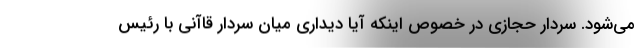
می‌شود. سردار حجازی در خصوص اینکه آیا دیداری میان سردار قاآنی با رئیس